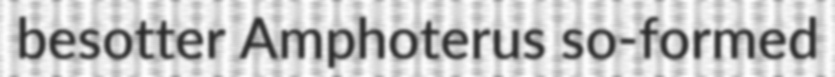
besotter Amphoterus so-formed